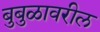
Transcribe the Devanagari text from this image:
बुबुळावरील